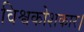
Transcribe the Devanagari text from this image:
विश्वकोशकार।